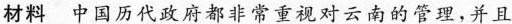
材料 中国历代政府都非常重视对云南的管理，并且